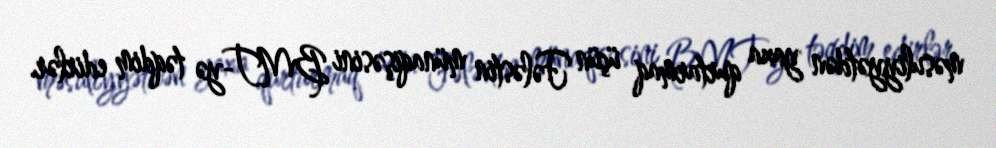
məsuliyyətdən yaxa qurtarmaq üçün Fələstin münaqişəsini BMT-yə təqdim edirlər.